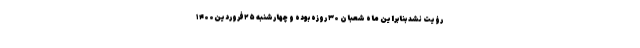
رؤیت نشد بنابراین ماه شعبان ۳۰ روزه بوده و چهارشنبه ۲۵فروردین۱۴۰۰